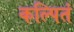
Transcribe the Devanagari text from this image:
कल्पितं